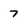
Character: 7